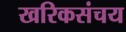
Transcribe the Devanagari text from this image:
खरिकसंचय